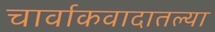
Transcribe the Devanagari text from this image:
चार्वाकवादातल्या